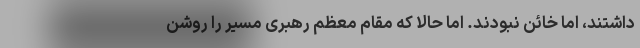
داشتند، اما خائن نبودند. اما حالا که مقام‌ معظم رهبری مسیر را روشن